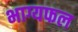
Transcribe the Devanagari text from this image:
भाग्यफल